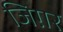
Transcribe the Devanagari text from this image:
जिग़र